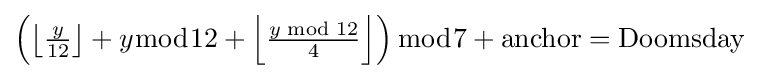
{\begin{matrix}\left({\left\lfloor {\frac {y}{12}}\right\rfloor +y{\bmod {1}}2+\left\lfloor {\frac {y{\bmod {1}}2}{4}}\right\rfloor }\right){\bmod {7}}+{\rm {{anchor}={\rm {Doomsday}}}}\end{matrix}}